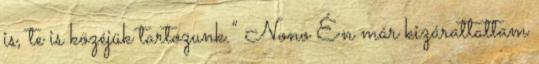
is, te is közéjük tartozunk.” Nono Én már kizárattattam